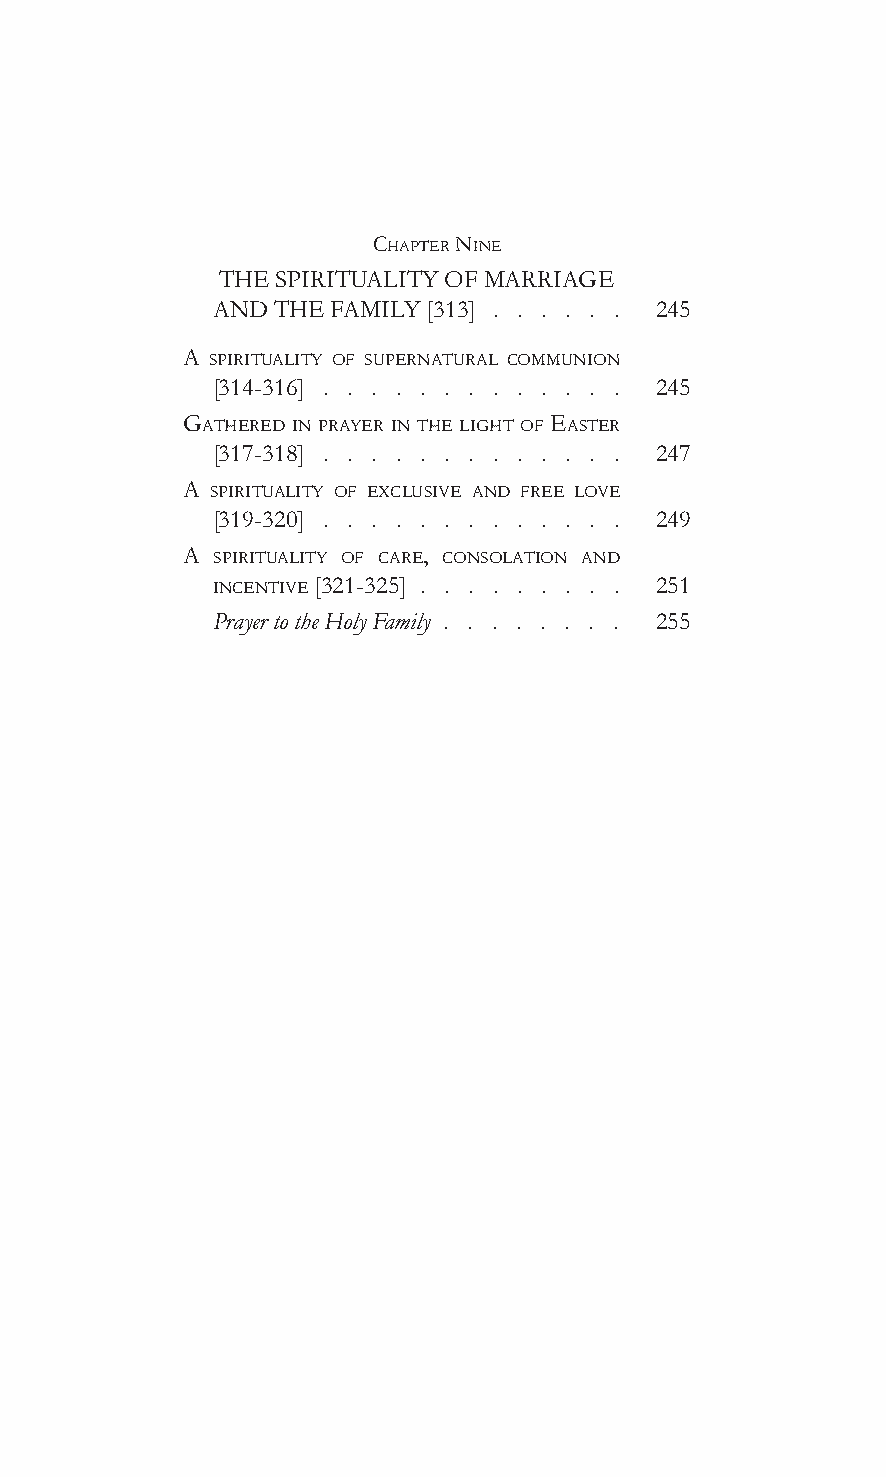
chapTer nine
 THE SPIRITUALITY OF MARRIAGE
 AND THE FAMILY [313] . . . . . . 245
 a spiriTuaLiTy of supernaTuraL communion
 [314-316]                    245
 GaThered in prayer in The LiGhT of easTer
 [317-318]                    247
 a spiriTuaLiTy of excLusive and free Love
 [319-320]                    249
 a spiriTuaLiTy of care, consoLaTion and
 incenTive [321-325]          251
 Prayer to the Holy Family . . . . . . . . 255